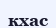
кхас